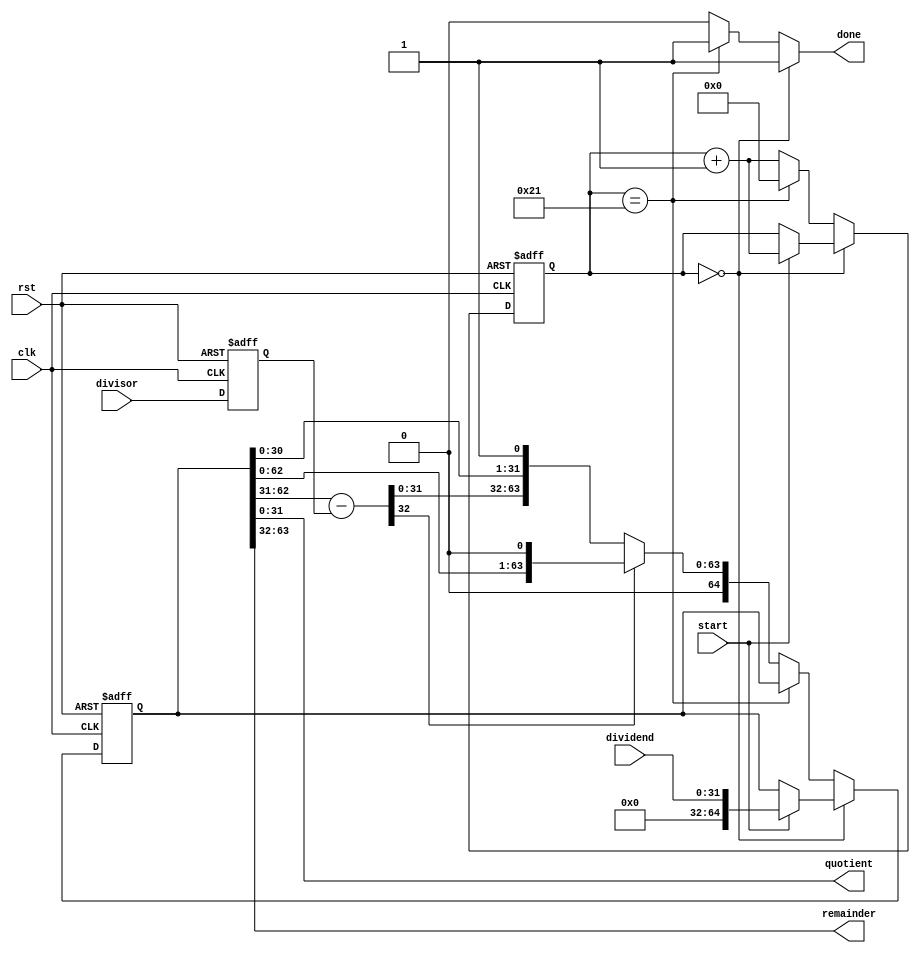
`timescale 1ns / 1ps

module div_subshift
  # (
     parameter DATA_W = 32
     )
   (
    input               clk,
    input               rst,
    input               start,
    output reg          done,

    input [DATA_W-1:0]  dividend,
    input [DATA_W-1:0]  divisor,
    output [DATA_W-1:0] quotient,
    output [DATA_W-1:0] remainder
    );

   wire [$clog2(DATA_W+2):0] DATA_VALUE = DATA_W[$clog2(DATA_W+2):0];

   //dividend/quotient/remainder register
   reg [2*DATA_W:0]     dqr_reg, dqr_nxt;
   always @(posedge clk, posedge rst) if(rst) dqr_reg <= 0; else dqr_reg <= dqr_nxt;

   //divisor register
   reg [DATA_W-1:0]     divisor_reg, divisor_nxt;
   always @(posedge clk, posedge rst) if(rst) divisor_reg <= 0; else divisor_reg <= divisor_nxt;
   
   wire [DATA_W-1:0]    subtraend = dqr_reg[2*DATA_W-2-:DATA_W];
   reg [DATA_W:0]       tmp;

   //output quotient and remainder
   assign quotient = dqr_reg[DATA_W-1:0];
   assign remainder = dqr_reg[2*DATA_W-1:DATA_W];
   
                        
   //
   //PROGRAM
   //

   reg [$clog2(DATA_W+2):0] pc, pc_nxt;  //program counter
   always @(posedge clk, posedge rst) if(rst) pc <= 0; else pc <= pc_nxt;

   always @* begin
      pc_nxt = pc+1;
      dqr_nxt = dqr_reg;
      divisor_nxt = divisor;
      done = 1'b1;
      
      case (pc)
   0: begin //wait for start, load operands and do it
           if(!start) begin
              pc_nxt = pc;
           end else begin
              divisor_nxt = divisor;
              dqr_nxt = {{(DATA_W+1){1'b0}}, dividend};
      end
        end
   
        DATA_VALUE+1: begin
           pc_nxt = 0;
        end
   
        default: begin //shift and subtract
           done = 1'b0;
      tmp = {1'b0, subtraend} - {1'b0, divisor_reg};
           if(~tmp[DATA_W])
             dqr_nxt = {tmp, dqr_reg[DATA_W-2 : 0], 1'b1};
           else 
             dqr_nxt = {1'b0,dqr_reg[2*DATA_W-2 : 0], 1'b0};
        end
      endcase // case (pc)
   end
   
endmodule